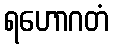
ရဟောဂတံ